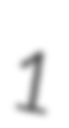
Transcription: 1